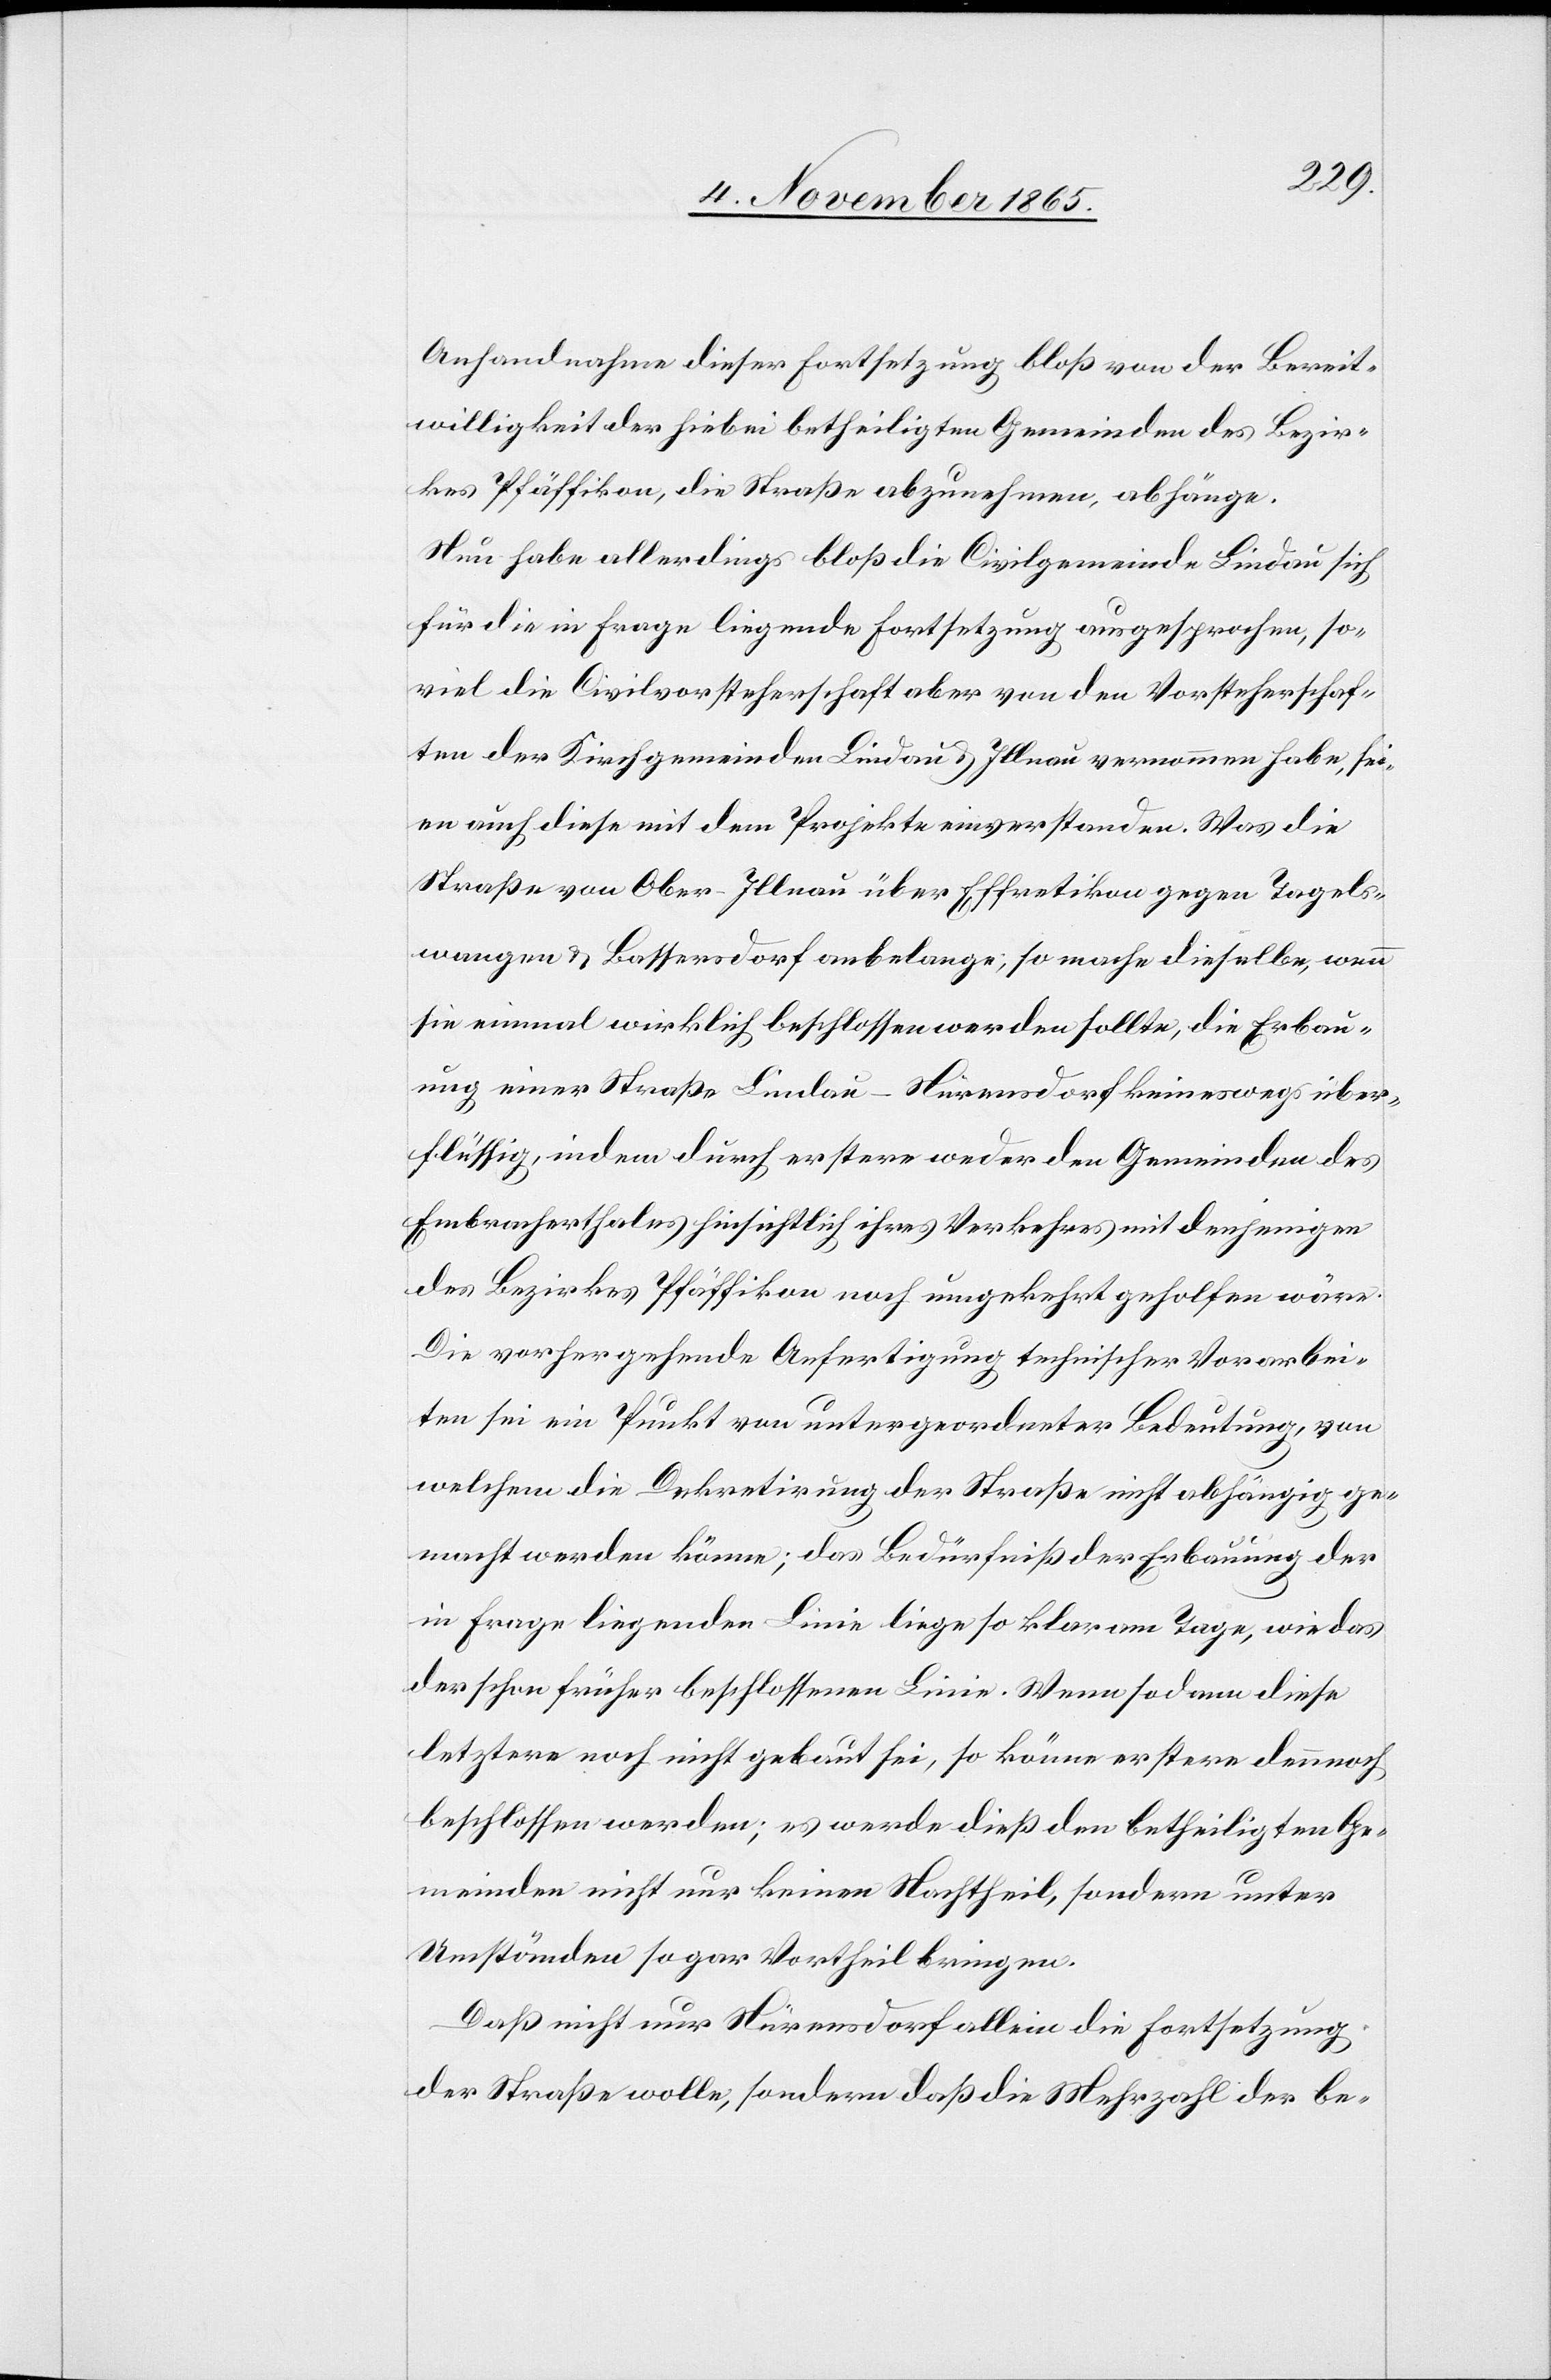
Anhandnahme dieser Fortsetzung bloß von der Bereit¬
willigkeit der hiebei betheiligten Gemeinden des Bezir¬
kes Pfäffikon, die Straße abzunehmen, abhänge.
Nun habe allerdings bloß die Civilgemeinde Lindau sich
für die in Frage liegende Fortsetzung ausgesprochen, so¬
viel die Civilvorsteherschaft aber von den Vorsteherschaf¬
ten der Kirchgemeinden Lindau & Illnau vernommen habe, sei¬
en auch diese mit dem Projekte einverstanden. Was die
Straße von Ober-Illnau über Effretikon gegen Tagels¬
wangen & Bassersdorf anbelange, so mache dieselbe, wenn
sie einmal wirklich beschlossen werden sollte, die Erbau¬
ung einer Straße Lindau–Nürensdorf keineswegs über¬
flüssig, indem durch erstere weder den Gemeinden des
Embracherthales hinsichtlich ihres Verkehres mit denjenigen
des Bezirkes Pfäffikon noch umgekehrt geholfen wäre.
Die vorhergehende Anfertigung technischer Vorarbei¬
ten sei ein Punkt von untergeordneter Bedeutung, von
welchem die Dekretirung der Straße nicht abhängig ge¬
macht werden könne; das Bedürfniß der Erbauung der
in Frage liegenden Linie liege so klar am Tage, wie das
der schon früher beschlossenen Linie. Wenn sodann diese
letztere noch nicht gebaut sei, so könne erstere dennoch
beschlossen werden; es werde dieß den betheiligten Ge¬
meinden nicht nur keinen Nachtheil, sondern unter
Umständen sogar Vortheil bringen.
Daß nicht nur Nürensdorf allein die Fortsetzung
der Straße wolle, sondern daß die Mehrzahl der be-